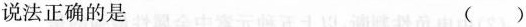
说法正确的是 ()